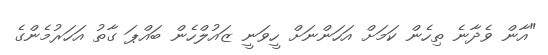
"އާން ވެދާނެ ތިހެން ކަމަށް އަހަންނަށް ހީވަނީ ޒައުލްހެން ބައްޕަ ގާތު އަހަރުމެންގެ